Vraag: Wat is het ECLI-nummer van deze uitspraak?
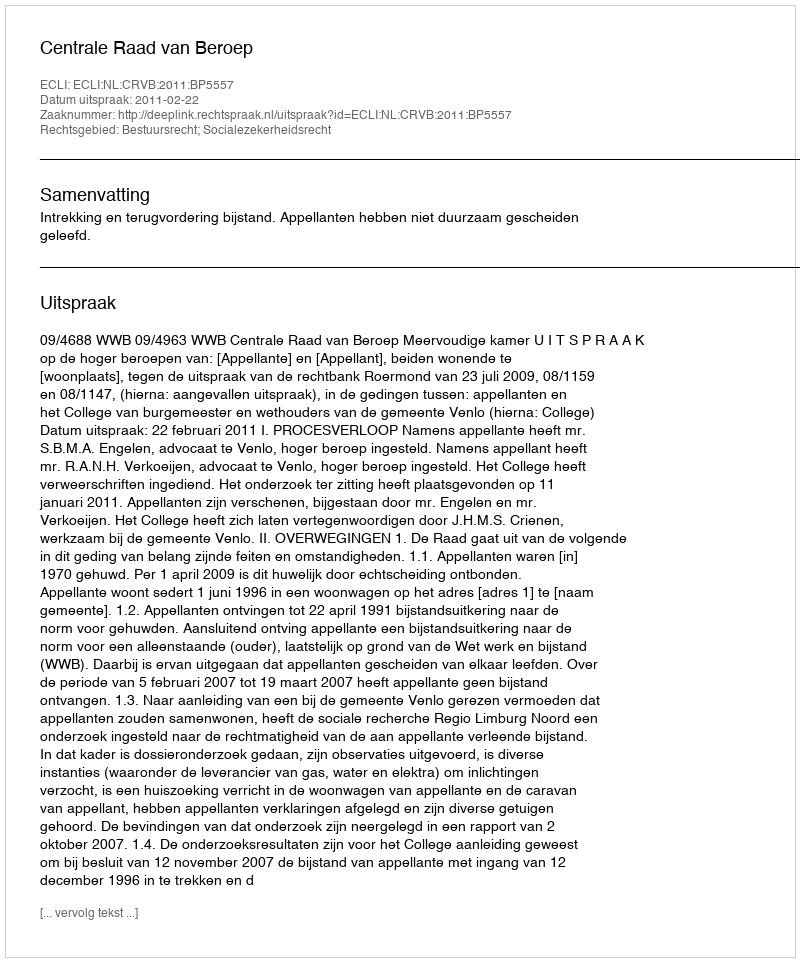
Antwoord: ECLI:NL:CRVB:2011:BP5557